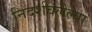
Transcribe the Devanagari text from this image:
निदर्शवलेल्या